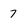
Character: 7